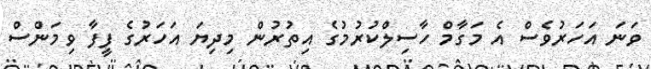
ވަނަ އަހަރުވެސް އެ މަގާމް ހާސިލްކުރުމުގެ އިތުރުން މިދިޔަ އަހަރުގެ ފީފާ ވިމަންސް